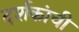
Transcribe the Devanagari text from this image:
दर्शकांची